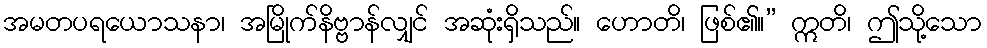
အမတပရယောသနာ၊ အမြိုက်နိဗ္ဗာန်လျှင် အဆုံးရှိသည်။ ဟောတိ၊ ဖြစ်၏။” ဣတိ၊ ဤသို့သော